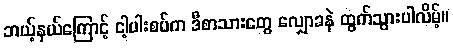
ဘယ့်နှယ်ကြောင့် ငါ့ပါးစပ်က ဒီစာသားတွေ လျှောခနဲ ထွက်သွားပါလိမ့်။